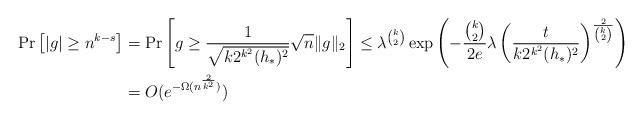
LaTeX: \begin{align*}\Pr\left[|g|\ge n^{k-s}\right]&=\Pr\left[g\ge \frac{1}{ \sqrt{k2^{k^2}(h_*)^2} }\sqrt{n}\|g\|_2\right]\le \lambda^{{k\choose 2}}\exp\left(-\frac{{k\choose 2}}{2e}\lambda \left(\frac{t}{k2^{k^2}(h_*)^2}\right)^{\frac{2}{{k\choose 2}}}\right)\\&=O(e^{-\Omega(n^{\frac{2}{k^2}})})\end{align*}